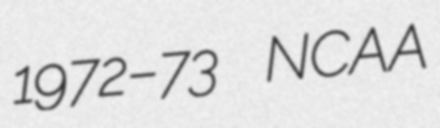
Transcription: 1972–73 NCAA